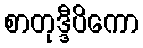
စာတုဒ္ဒီပိကော